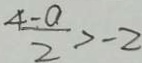
\frac { 4 - a } { 2 } > - 2